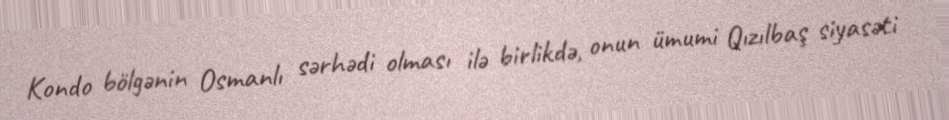
Kondo bölgənin Osmanlı sərhədi olması ilə birlikdə, onun ümumi Qızılbaş siyasəti